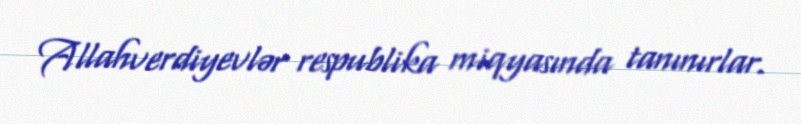
Allahverdiyevlər respublika miqyasında tanınırlar.